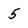
Character: 5